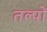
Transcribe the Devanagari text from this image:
तल्पों